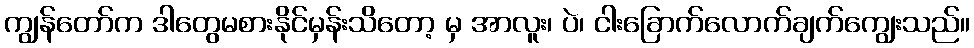
ကျွန်တော်က ဒါတွေမစားနိုင်မှန်းသိတော့ မှ အာလူး၊ ပဲ၊ ငါးခြောက်လောက်ချက်ကျွေးသည်။